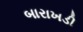
બારાખડી